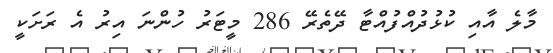
މާލެ އާއި ކުޅުދުއްފުއްޓާ ދޭތެރޭ 286 މީޓަރު ހުންނަ އިރު އެ ރަށަކީ